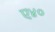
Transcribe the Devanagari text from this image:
ए४०